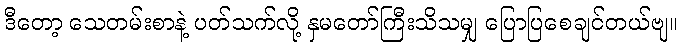
ဒီတော့ သေတမ်းစာနဲ့ ပတ်သက်လို့ နှမတော်ကြီးသိသမျှ ပြောပြစေချင်တယ်ဗျ။